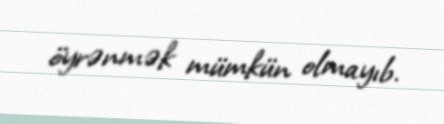
öyrənmək mümkün olmayıb.